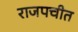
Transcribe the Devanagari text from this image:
राजपचीत